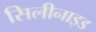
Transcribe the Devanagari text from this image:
सिलीनाइड